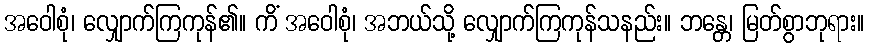
အဝေါစုံ၊ လျှောက်ကြကုန်၏။ ကိံ အဝေါစုံ၊ အဘယ်သို့ လျှောက်ကြကုန်သနည်း။ ဘန္တေ၊ မြတ်စွာဘုရား။